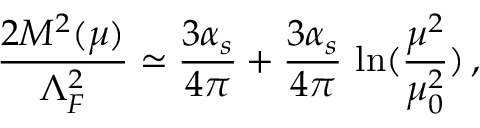
\frac { 2 M ^ { 2 } ( \mu ) } { \Lambda _ { F } ^ { 2 } } \simeq \frac { 3 \alpha _ { s } } { 4 \pi } + \frac { 3 \alpha _ { s } } { 4 \pi } \, \ln ( \frac { \mu ^ { 2 } } { \mu _ { 0 } ^ { 2 } } ) \, ,